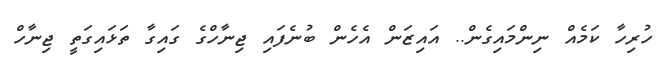
ހުރިހާ ކަމެއް ނިންމައިގެން.. އައިޒަން އެހެން ބުނެފައި ޖިނާހްގެ ގައިގާ ތަޅައިގަތީ ޖިނާހް